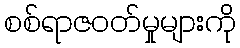
စစ်ရာဇဝတ်မှုများကို